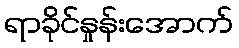
ရာခိုင်နှုန်းအောက်